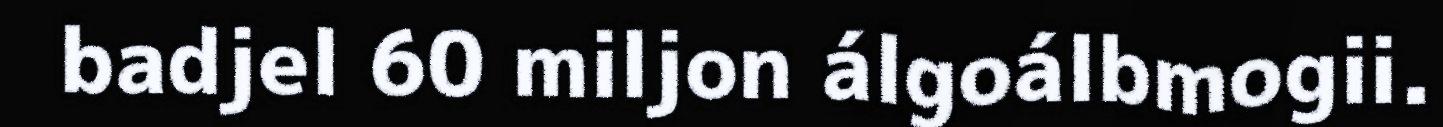
badjel 60 miljon álgoálbmogii.